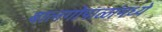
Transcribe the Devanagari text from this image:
बालगोपाळांमध्ये